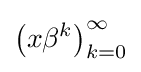
\left({x\beta ^{k}}\right)_{k=0}^{\infty }